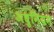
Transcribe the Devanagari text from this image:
अधुनियम